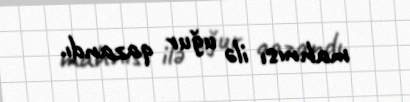
mahnısı ilə uğur qazandı.